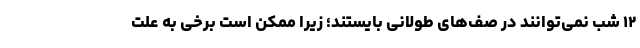
۱۲ شب نمی‌توانند در صف‌های طولانی بایستند؛ زیرا ممکن است برخی به علت